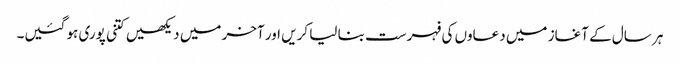
ہر سال کے آغاز میں دعاوں کی فہرست بنا لیا کریں اور آخر میں دیکھیں کتنی پوری ہو گئیں۔